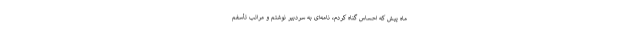
ماه پیش که احساس گناه کردم، نامه‌ای به سردبیر نوشتم و مراتب تأسفم